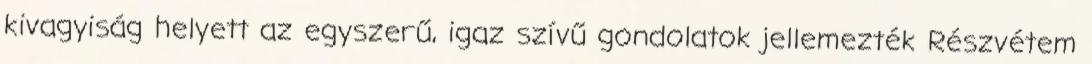
kivagyiság helyett az egyszerű, igaz szívű gondolatok jellemezték Részvétem